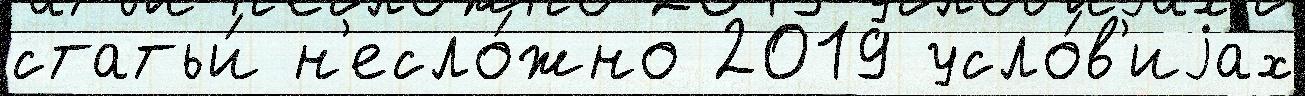
статьи́ н'есло́жно 2019 усло́в'иjах